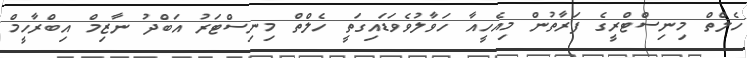
ހެލްތް މިނިސްޓްރީގެ ފަރާތުން މިއެހީއާ ހަވާލުވެވަޑައިގަތީ ހެލްތް މިނިސްޓަރު އަބްދު ނާޒިމް އިބްރާހީމް